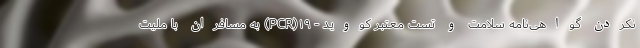
نکردن گواهی‌نامه سلامت و تست معتبر کووید - ۱۹(PCR) به مسافران با ملیت